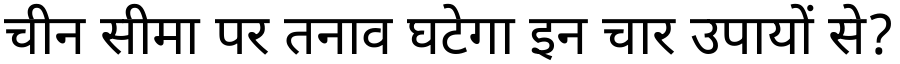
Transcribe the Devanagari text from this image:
चीन सीमा पर तनाव घटेगा इन चार उपायों से?